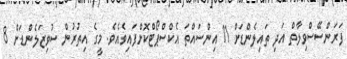
ފަރަންސޭސްވިލާތް އަދި ތައިލެންޑަށް 11 އިންސައްތަ އެކްސްޕޯޓްކޮށްފައިވެއެވެ. މީގެ އިިތުރުން ސުވިޒަލެންޑަށް 8